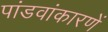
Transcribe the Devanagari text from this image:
पांडवांकारणें